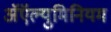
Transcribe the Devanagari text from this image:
अॅऍल्युमिनियम